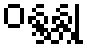
ဝန္ဒန္တု